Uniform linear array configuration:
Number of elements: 16
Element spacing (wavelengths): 0.75
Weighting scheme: exponential
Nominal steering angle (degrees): -30
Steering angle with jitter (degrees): -31.384
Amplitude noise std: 0.05
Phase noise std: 0.05

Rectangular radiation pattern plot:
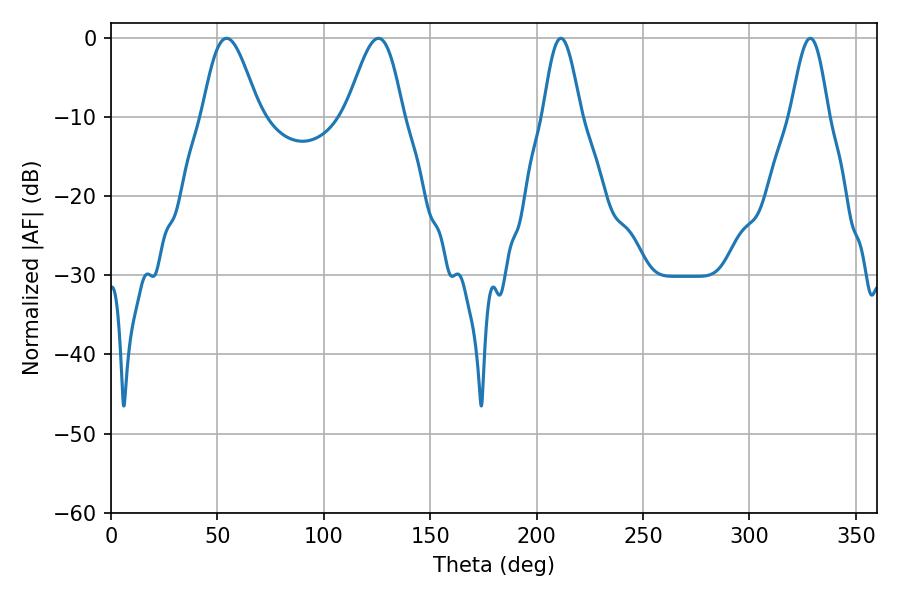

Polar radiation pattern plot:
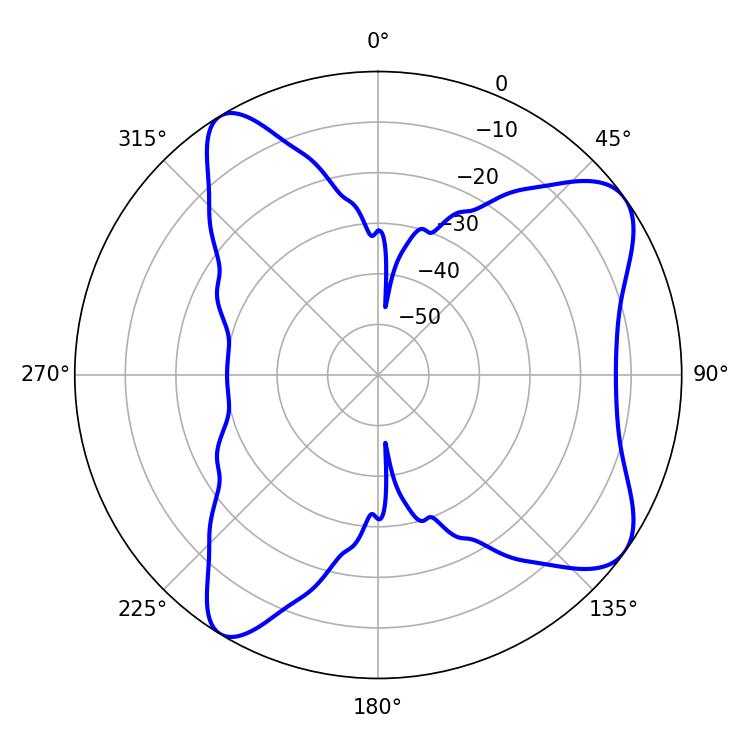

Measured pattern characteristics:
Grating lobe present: TRUE
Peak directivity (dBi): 8.381
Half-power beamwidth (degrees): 14.04
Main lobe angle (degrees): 54.36